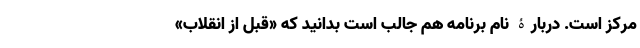
مرکز است. دربارۀ نام برنامه هم جالب است بدانید که «قبل از انقلاب»